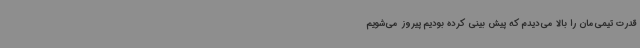
قدرت تیمی‌مان را بالا می‌دیدم که پیش بینی کرده بودیم پیروز می‌شویم